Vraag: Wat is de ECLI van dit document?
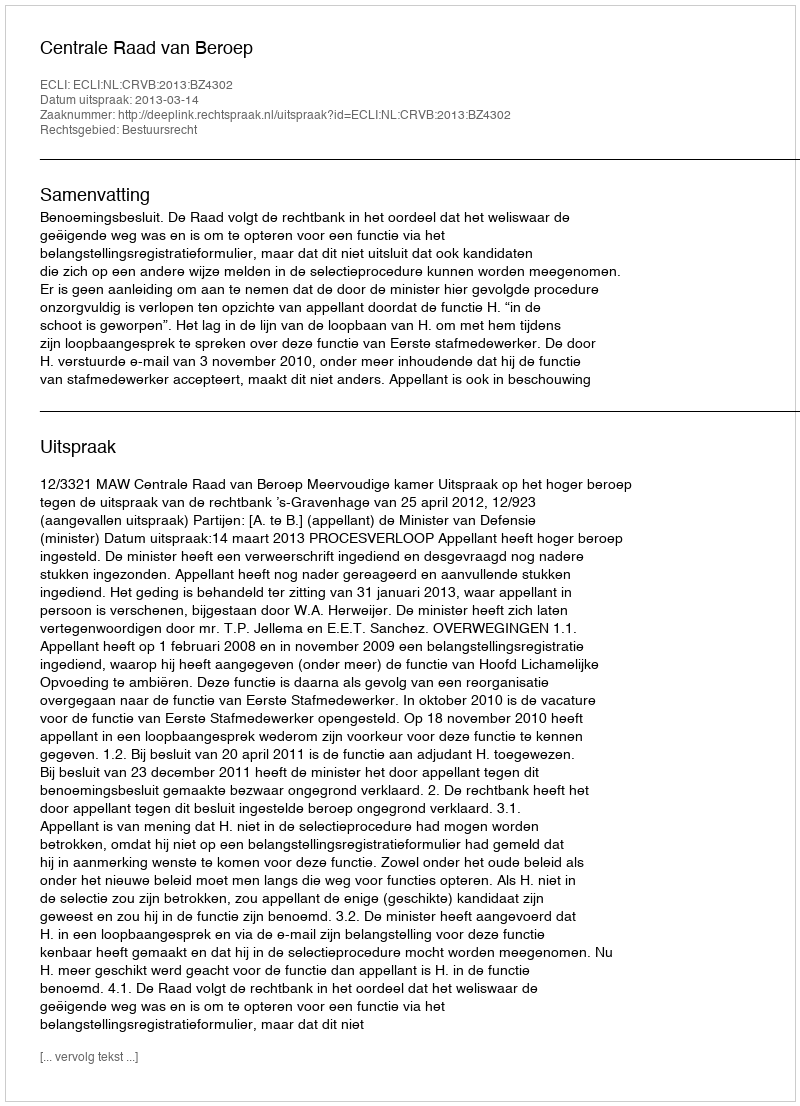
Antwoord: ECLI:NL:CRVB:2013:BZ4302